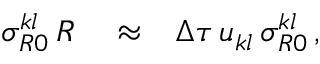
\begin{array} { r l r } { \sigma _ { R 0 } ^ { k l } \, R } & { { } \approx } & { \Delta \tau \, u _ { k l } \, \sigma _ { R 0 } ^ { k l } \, , } \end{array}